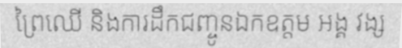
ព្រៃឈើ និងការដឹកជញ្ចូនឯកឧត្តម អង្គ វង្ស